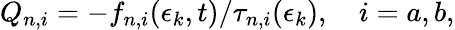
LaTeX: \begin{array}{r}{Q_{n,i}=-f_{n,i}(\epsilon_{k},t)/\tau_{n,i}(\epsilon_{k}),~~~~i=a,b,}\end{array}